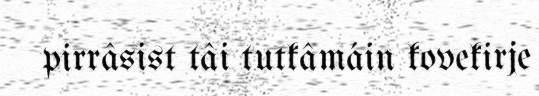
pirrâsist tâi tutkâmáin kovekirje